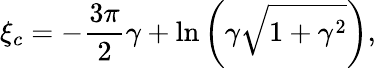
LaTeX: \xi_{c}=-\frac{3\pi}{2}\gamma+\ln\left(\gamma\sqrt{1+\gamma^{2}}\right),